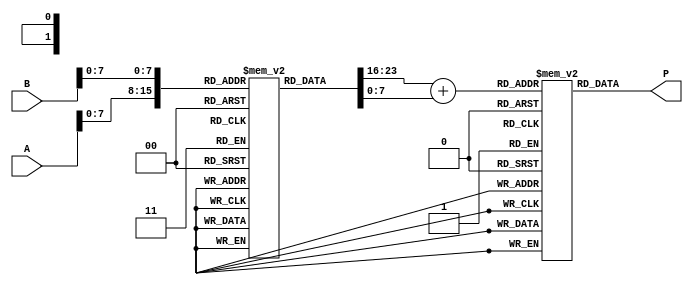
module logarithmic_multiplier (
    input [15:0] A, // Input A (fixed-point representation)
    input [15:0] B, // Input B (fixed-point representation)
    output reg [31:0] P // Output product P (fixed-point representation)
);

    // Logarithm lookup tables (example values, need to be populated)
    reg [15:0] log_table [0:255]; // LUT for log values of fixed-point numbers
    reg [31:0] exp_table [0:255]; // LUT for exp values

    // Initial the lookup tables (you would fill these with actual values)
    initial begin
        // Populate 'log_table' and 'exp_table' accordingly; for simplicity, this is omitted.
    end

    // Internal signals
    reg [15:0] log_A; // log(A)
    reg [15:0] log_B; // log(B)
    reg [15:0] log_sum; // log(A) + log(B)
    
    // Logarithmic conversion using LUT
    always @(*) begin
        log_A = log_table[A[7:0]]; // Assuming A is in 8-bit fixed-point format
        log_B = log_table[B[7:0]]; // Assuming B is in 8-bit fixed-point format
        log_sum = log_A + log_B; // log(A) + log(B)
    end

    // Exponential conversion using LUT
    always @(*) begin
        P = exp_table[log_sum[7:0]]; // Convert back to linear form
    end

endmodule